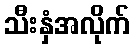
သီးနှံအလိုက်